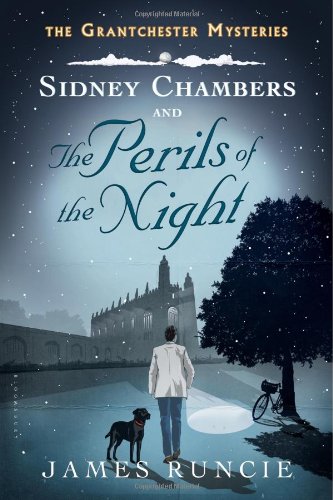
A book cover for Sidney Chambers and the Perils of the Night (Grantchester); James Runcie; Mystery, Thriller & Suspense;